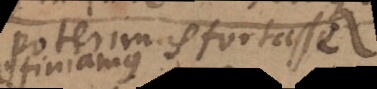
poterimus fortasse